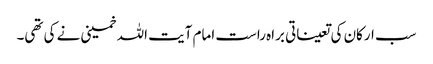
سب ارکان کی تعیناتی براہ راست امام آیت اللہ خمینی نے کی تھی۔